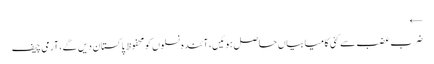
←
ضرب عضب سے کئی کامیابیاں حاصل ہوئیں، آئندہ نسلوں کو محفوظ پاکستان دیں گے، آرمی چیف